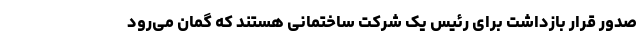
صدور قرار بازداشت برای رئیس یک شرکت ساختمانی هستند که گمان می‌رود